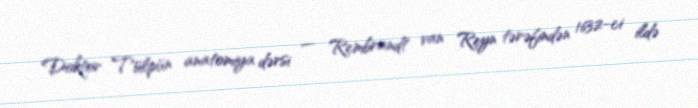
Doktor Tülpün anatomiya dərsi — Rembrandt van Reyn tərəfindən 1632-ci ildə